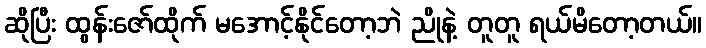
ဆိုပြီး ထွန်းဇော်ထိုက် မအောင့်နိုင်တော့ဘဲ ညိုနဲ့ တူတူ ရယ်မိတော့တယ်။